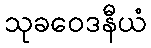
သုခဝေဒနီယံ